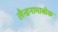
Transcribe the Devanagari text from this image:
लैन्डनामाबोक